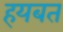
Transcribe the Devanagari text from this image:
हयबत